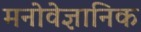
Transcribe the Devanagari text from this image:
मनोवेज्ञानिक